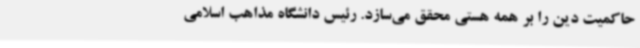
حاکمیت دین را بر همه هستی محقق می‌سازد. رئیس دانشگاه مذاهب اسلامی